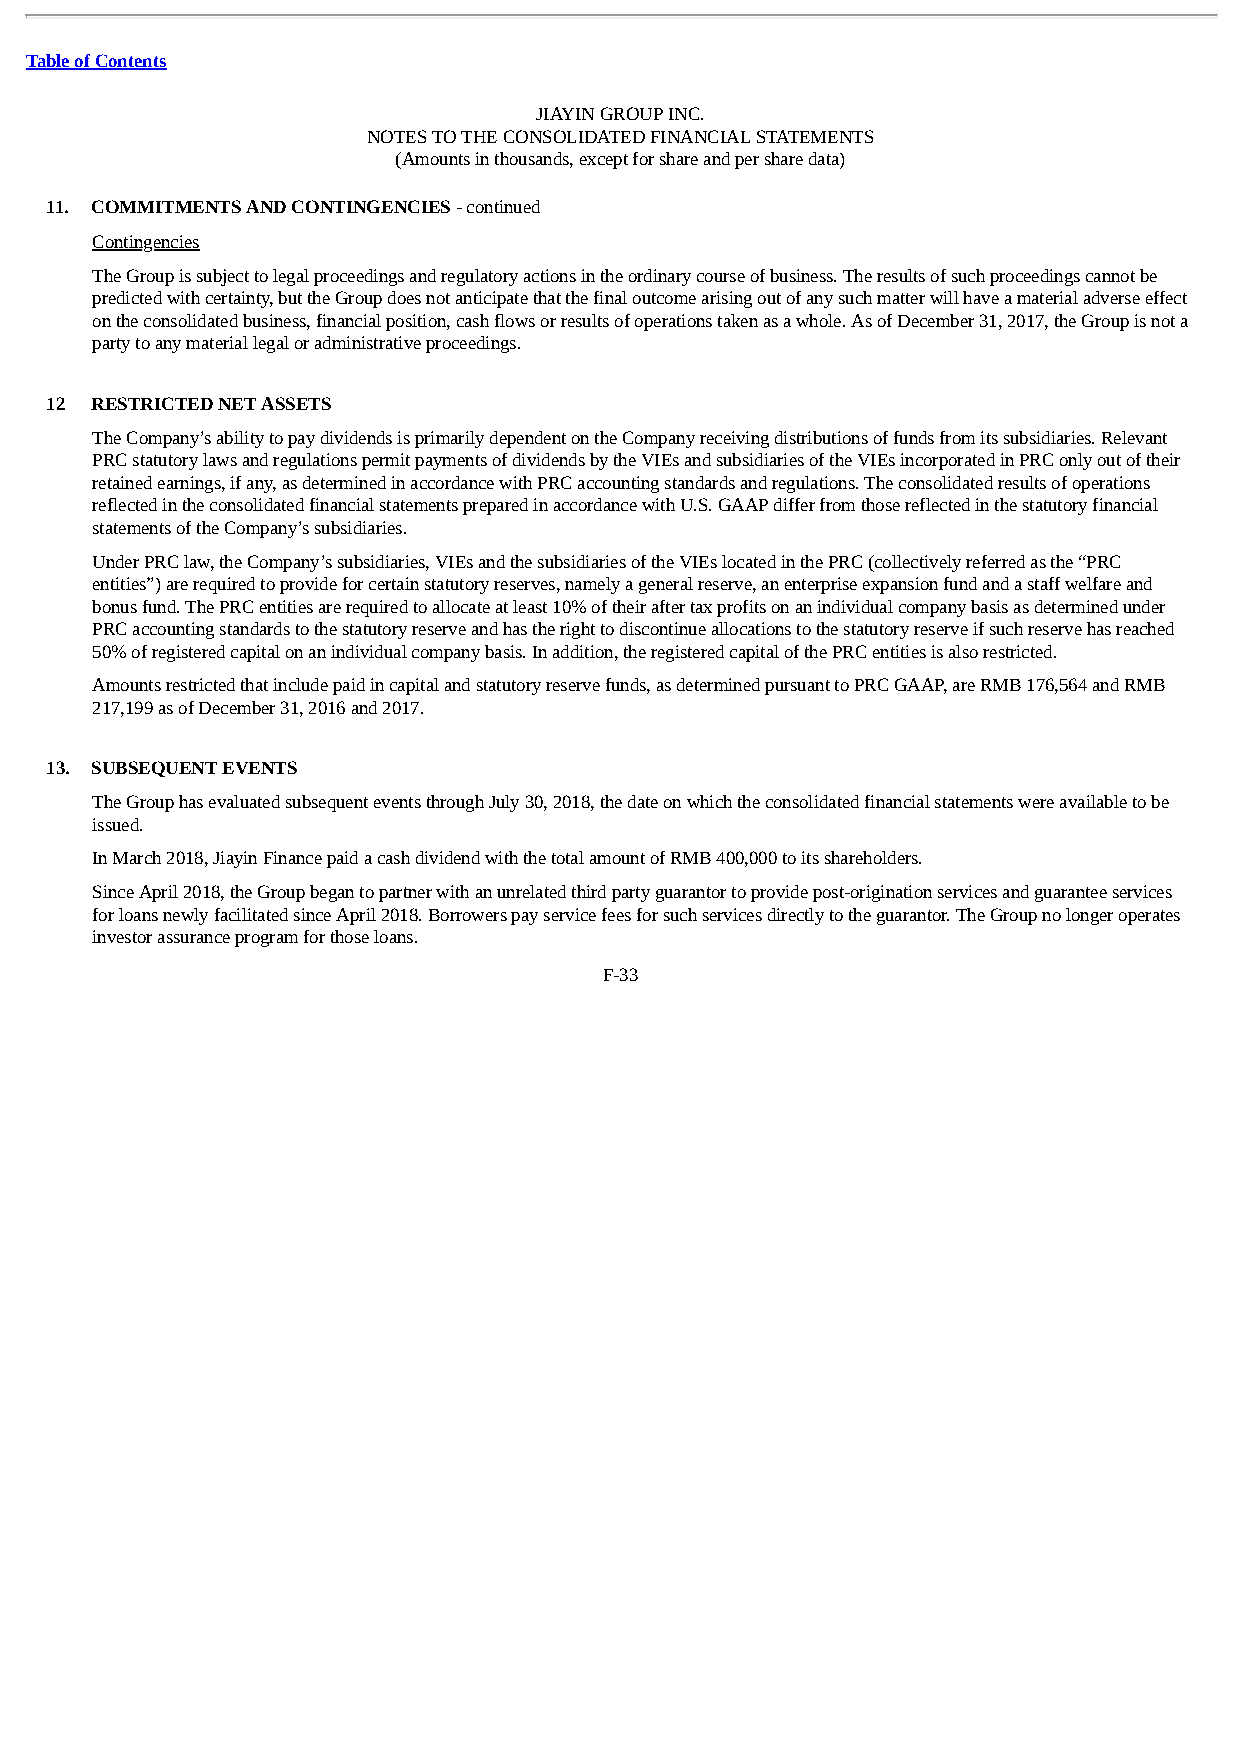
Table of Contents
 JIAYIN GROUP INC.
 NOTES TO THE CONSOLIDATED FINANCIAL STATEMENTS
 (Amounts in thousands, except for share and per share data)
 11. COMMITMENTS AND CONTINGENCIES - continued
 Contingencies
 The Group is subject to legal proceedings and regulatory actions in the ordinary course of business. The results of such proceedings cannot be
 predicted with certainty, but the Group does not anticipate that the final outcome arising out of any such matter will have a material adverse effect
 on the consolidated business, financial position, cash flows or results of operations taken as a whole. As of December 31, 2017, the Group is not a
 party to any material legal or administrative proceedings.
 12 RESTRICTED NET ASSETS
 The Company’s ability to pay dividends is primarily dependent on the Company receiving distributions of funds from its subsidiaries. Relevant
 PRC statutory laws and regulations permit payments of dividends by the VIEs and subsidiaries of the VIEs incorporated in PRC only out of their
 retained earnings, if any, as determined in accordance with PRC accounting standards and regulations. The consolidated results of operations
 reflected in the consolidated financial statements prepared in accordance with U.S. GAAP differ from those reflected in the statutory financial
 statements of the Company’s subsidiaries.
 Under PRC law, the Company’s subsidiaries, VIEs and the subsidiaries of the VIEs located in the PRC (collectively referred as the “PRC
 entities”) are required to provide for certain statutory reserves, namely a general reserve, an enterprise expansion fund and a staff welfare and
 bonus fund. The PRC entities are required to allocate at least 10% of their after tax profits on an individual company basis as determined under
 PRC accounting standards to the statutory reserve and has the right to discontinue allocations to the statutory reserve if such reserve has reached
 50% of registered capital on an individual company basis. In addition, the registered capital of the PRC entities is also restricted.
 Amounts restricted that include paid in capital and statutory reserve funds, as determined pursuant to PRC GAAP, are RMB 176,564 and RMB
 217,199 as of December 31, 2016 and 2017.
 13. SUBSEQUENT EVENTS
 The Group has evaluated subsequent events through July 30, 2018, the date on which the consolidated financial statements were available to be
 issued.
 In March 2018, Jiayin Finance paid a cash dividend with the total amount of RMB 400,000 to its shareholders.
 Since April 2018, the Group began to partner with an unrelated third party guarantor to provide post-origination services and guarantee services
 for loans newly facilitated since April 2018. Borrowers pay service fees for such services directly to the guarantor. The Group no longer operates
 investor assurance program for those loans.
 F-33